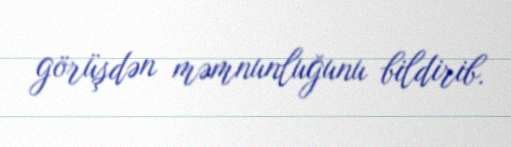
görüşdən məmnunluğunu bildirib.